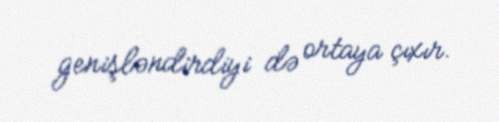
genişləndirdiyi də ortaya çıxır.